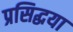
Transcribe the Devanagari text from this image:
प्रसिद्धया